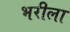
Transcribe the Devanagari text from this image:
भरीला